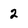
Character: 2